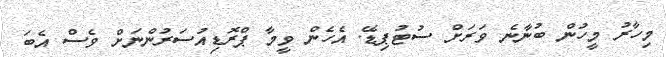
މިހާރު މީހުން ބުނާނެ ވަރަށް ސުޓުޕިޑޭ. އެހެން ވީމާ ޕްރޮޑިއުސަރުންނަށް ވެސް އެބަ